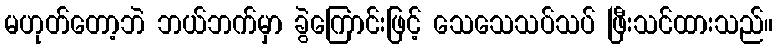
မဟုတ်တော့ဘဲ ဘယ်ဘက်မှာ ခွဲကြောင်းဖြင့် သေသေသပ်သပ် ဖြီးသင်ထားသည်။